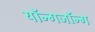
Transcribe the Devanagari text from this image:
यॉन्गजॉन्ग